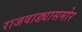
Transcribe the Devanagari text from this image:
राजवाड्यासमोर